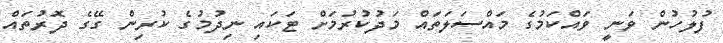
ފުލުހުން ވަނީ ވައްކަމުގެ މައްސަލަތައް މަދުކުރުމަށް ޓަކައި ނިދުމުގެ ކުރިން ގޭގެ ދޮރުތައް